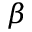
\beta